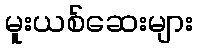
မူးယစ်ဆေးများ